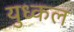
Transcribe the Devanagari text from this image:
युध्कल